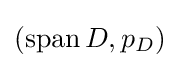
\left(\operatorname {span} D,p_{D}\right)